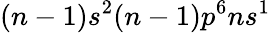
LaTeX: (n-1)s^{2}(n-1)p^{6}{n}s^{1}